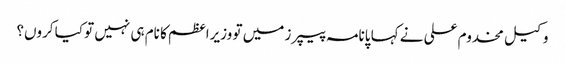
وکیل مخدوم علی نے کہا پانامہ پیپرز میں تو وزیراعظم کا نام ہی نہیں تو کیا کروں؟